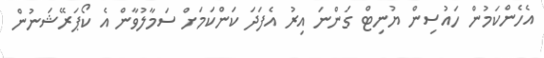
އެހެންކަމުން ހައުސިން ޔުނިޓް ގަންނަ އިރު އެފަދަ ކަންކަމަށް ސަމާލުވާން އެ ކޯޕަރޭޝަނުން